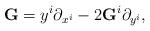
LaTeX: \begin{align*}\mathbf{G}=y^i\partial_{x^i}-2\mathbf{G}^i\partial_{y^i},\end{align*}